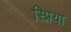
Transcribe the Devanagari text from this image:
स्प्रिया